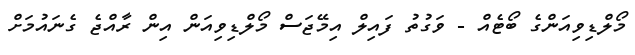
މޯލްޑިވިއަންގެ ބޯޓެއް - ވަގުތު ފައިލް އިމޭޖަސް މޯލްޑިވިއަން އިން ރާއްޖެ ގެނައުމަށް